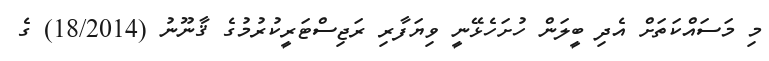
މި މަސައްކަތަށް އެދި ބީލަން ހުށަހެޅޭނީ ވިޔަފާރި ރަޖިސްޓަރީކުރުމުގެ ޤާނޫނު (18/2014) ގެ